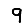
Digit: 9